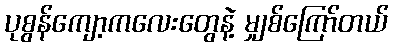
ပုစွန်ကျော့ကလေးတွေနဲ့ မျှစ်ကြော်တယ်